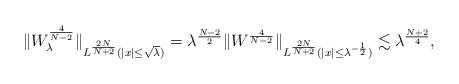
LaTeX: \begin{align*} \|W_\lambda^\frac{4}{N-2}\|_{L^\frac{2N}{N+2}(|x|\leq \sqrt\lambda)} = \lambda^\frac{N-2}{2}\|W^\frac{4}{N-2}\|_{L^\frac{2N}{N+2}(|x| \leq \lambda^{-\frac 12})} \lesssim \lambda^\frac{N+2}{4},\end{align*}